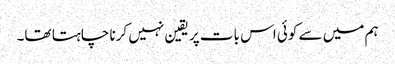
ہم میں سے کوئی اس بات پر یقین نہیں کرنا چاہتا تھا۔